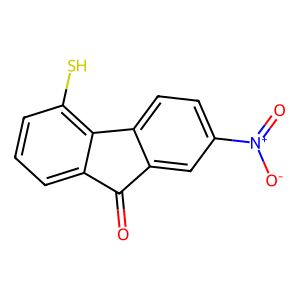
SMILES: O=C1c2cc([N+](=O)[O-])ccc2-c2c(S)cccc21
Inhibits HIV replication: No